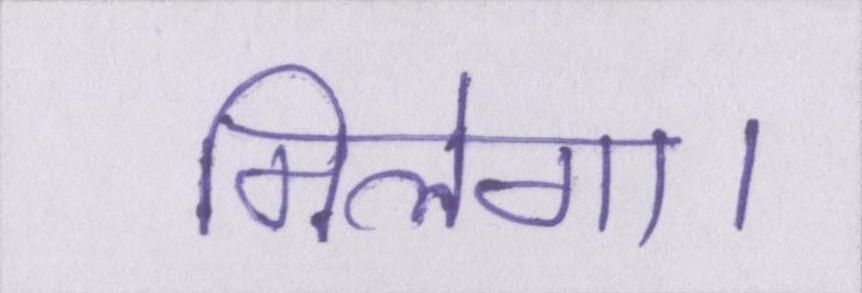
मिलेगा।